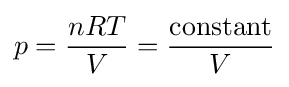
p={nRT \over V}={{\text{constant}} \over V}